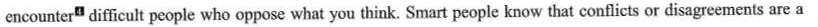
encounter^{4} difficult people who oppose what you think. Smart people know that conflicts or disagreements are a